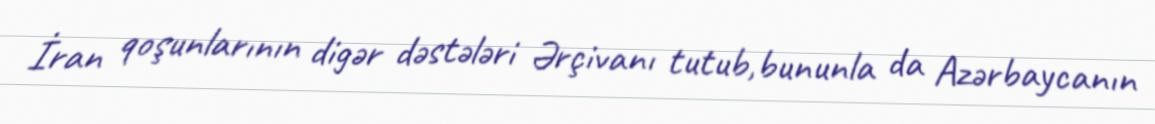
İran qoşunlarının digər dəstələri Ərçivanı tutub,bununla da Azərbaycanın